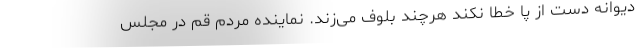
دیوانه دست از پا خطا نکند هرچند بلوف می‌زند. نماینده مردم قم در مجلس